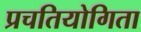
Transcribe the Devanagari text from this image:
प्रचतियोगिता